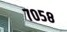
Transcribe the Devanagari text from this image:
७०५८